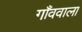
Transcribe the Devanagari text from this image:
गाँववाला